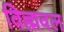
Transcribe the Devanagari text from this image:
विह्मवल